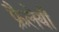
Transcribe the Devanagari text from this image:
फ्रैलेयी